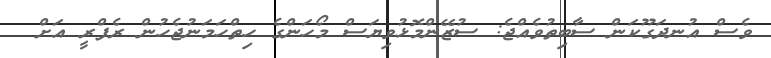
ވެސް އުނދަގޫކަން ސާބިތުވެއްޖެ: ސުޒޭންމޮޅުވިޔަސް މޯހަންގެ ހިތްހަމަނުޖެހުން ރެފްރީ އަށް